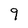
Character: 9